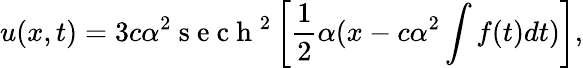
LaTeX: u(x,t)=3c\alpha^{2}\mathrm{~s~e~c~h~}^{2}\left[\frac{1}{2}\alpha(x-c\alpha^{2}\int f(t)dt)\right],